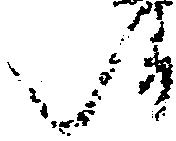
候